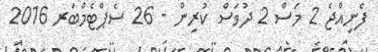
ފެނިއްޖެ 2 މަސް 2 ދުވަސް ކުރިން - 26 ސެޕްޓެމްބަރ 2016